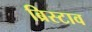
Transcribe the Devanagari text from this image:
ब्रिस्टाव